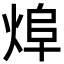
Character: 㷆